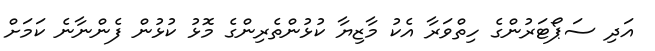
އަދި ސަޕޯޓަރުންގެ ހިތްވަރާ އެކު މާޒިޔާ ކުޅުންތެރިންގެ މޮޅު ކުޅުން ފެންނާނެ ކަމަށް